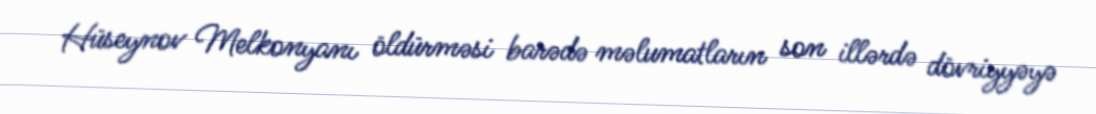
Hüseynov Melkonyanı öldürməsi barədə məlumatların son illərdə dövriyyəyə